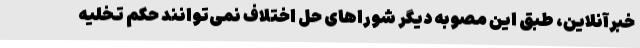
خبرآنلاین، طبق این مصوبه دیگر شوراهای حل اختلاف نمی‌توانند حکم تخلیه